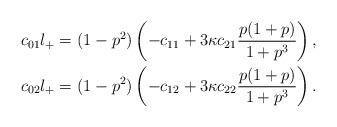
LaTeX: \begin{align*} c_{01}l_+&=(1-p^2)\left(-c_{11}+3\kappa c_{21}\frac{p(1+p)}{1+p^3}\right),\\ c_{02}l_+&=(1-p^2)\left(-c_{12}+3\kappa c_{22}\frac{p(1+p)}{1+p^3}\right).\end{align*}